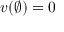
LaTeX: v ( \emptyset ) = 0